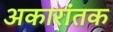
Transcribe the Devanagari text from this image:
अकारांतक